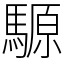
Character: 騵